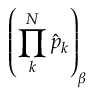
\left( \prod _ { k } ^ { N } \hat { p } _ { k } \right) _ { \beta }